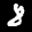
Label: 8